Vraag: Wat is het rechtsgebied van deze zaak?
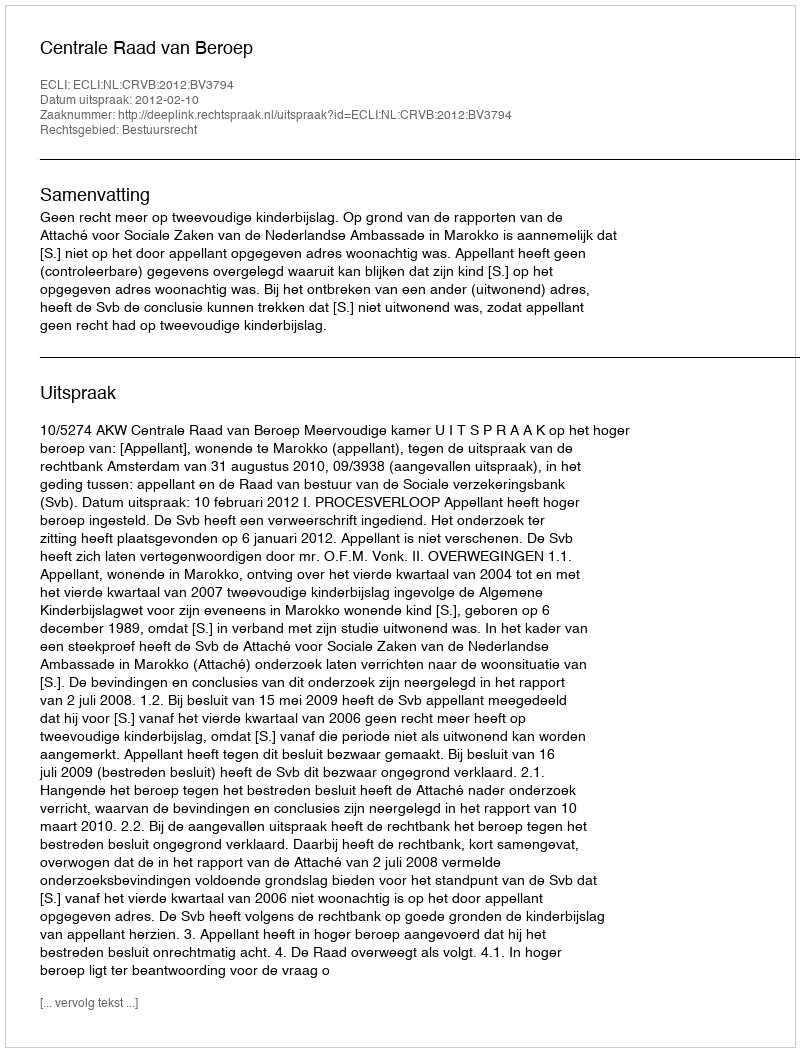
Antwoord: Bestuursrecht